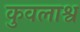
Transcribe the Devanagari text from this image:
कुवलाश्व